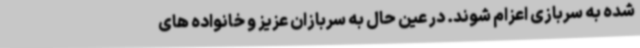
شده به سربازی اعزام شوند. در عین حال به سربازان عزیز و خانواده های